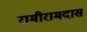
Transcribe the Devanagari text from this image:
रामीरामदास